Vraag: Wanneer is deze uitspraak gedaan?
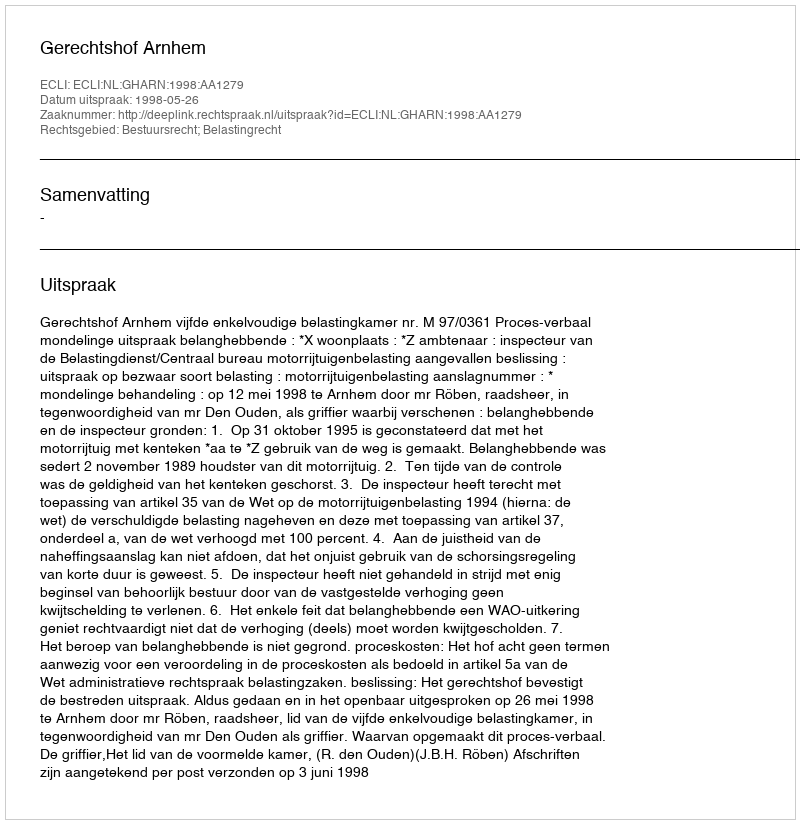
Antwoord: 1998-05-26